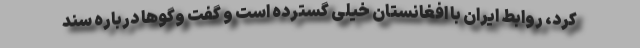
کرد، روابط ایران با افغانستان خیلی گسترده است و گفت وگوها درباره سند